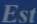
Est